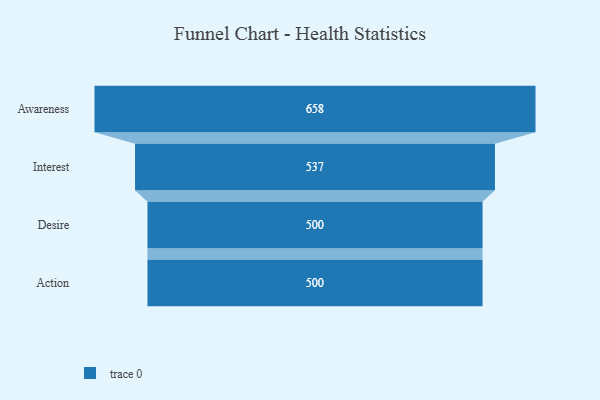
{"axis": {"x": "Stage", "y": "Value"}, "legend": [""], "data": [{"x": "Awareness", "y": 658.0, "type": ""}, {"x": "Interest", "y": 537.0, "type": ""}, {"x": "Desire", "y": 500, "type": ""}, {"x": "Action", "y": 500, "type": ""}]}